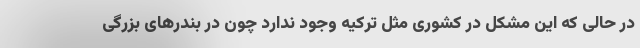
در حالی که این مشکل در کشوری مثل ترکیه وجود ندارد چون در بندرهای بزرگی